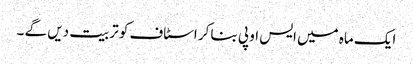
ایک ماہ میں ایس او پی بنا کر اسٹاف کو تربیت دیں گے ۔